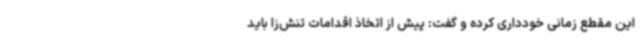
این مقطع زمانی خودداری کرده و گفت: پیش از اتخاذ اقدامات تنش‌زا باید